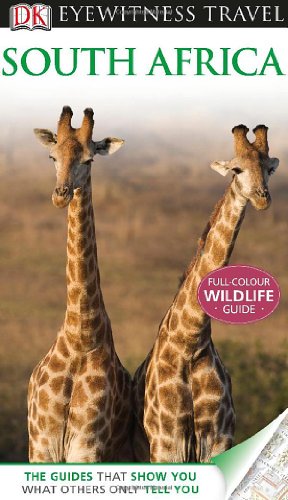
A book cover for DK Eyewitness Travel Guide: South Africa; Michael Brett; Travel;